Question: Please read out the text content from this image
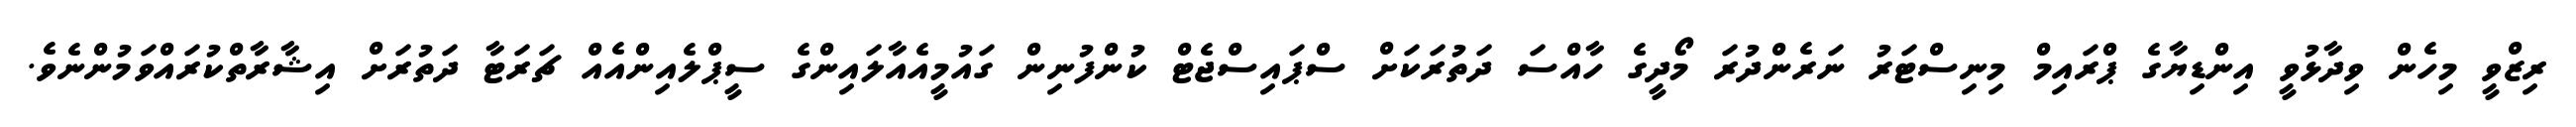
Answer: ރިޒްވީ މިހެން ވިދާޅުވީ އިންޑިޔާގެ ޕްރައިމް މިނިސްޓަރު ނަރެންދުރަ މޯދީގެ ހާއްސަ ދަތުރަކަށް ސްޕައިސްޖެޓް ކުންފުނިން ގައުމީއެއާލައިންގެ ސީޕްލެއިންއެއް ޗަރަޓާ ދަތުރަށް އިޝާރާތްކުރައްވަމުންނެވެ.